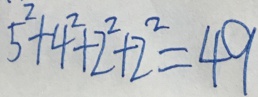
5 ^ { 2 } + 4 ^ { 2 } + 2 ^ { 2 } + 2 ^ { 2 } = 4 9